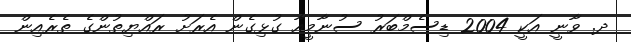
ދ. ވާނީ އަކީ 2004 ޑިސެމްބަރު ސުނާމީއާ ގުޅިގެން އެރަށު ރައްޔިތުންގެ ތެރެއިން